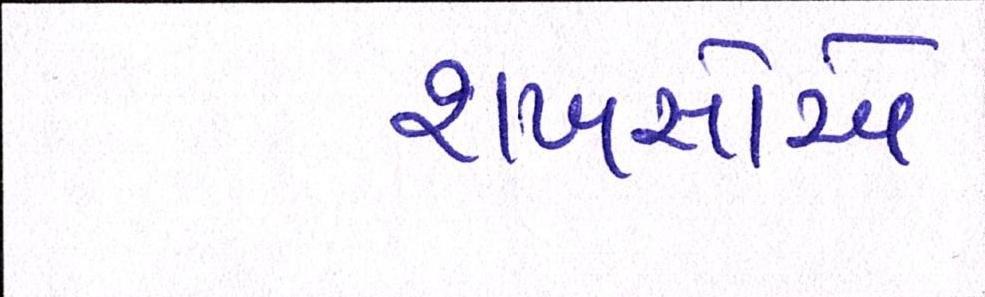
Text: શખસોએ